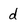
Character: d